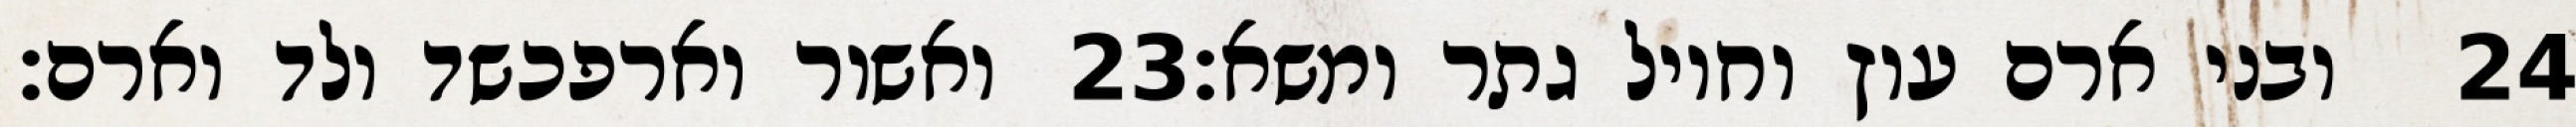
ואשור וארפכשד ולד וארם׃ ‎23‏ ובני ארם עוץ וחויל גתר ומשא׃ ‎24‏